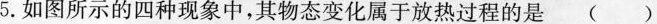
5.如图所示的四种现象中，其物态变化属于放热过程的是 ( )